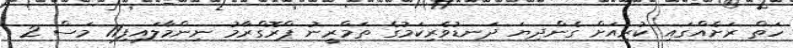
ހަތް ރަށެއްގައި ކުރިއަށް ގެންދިޔަ ދަނޑުވެރިކަމުގެ ތަމްރީނު ޕްރޮގްރާމު ނިންމާލައިފި11 މަސް 2